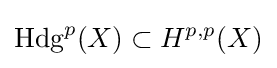
{\text{Hdg}}^{p}(X)\subset H^{p,p}(X)